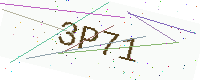
Text: 3P71